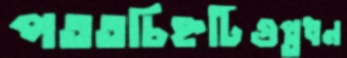
পততচিহ্নটিগুপ্তধন